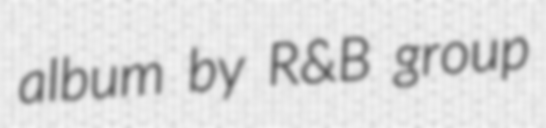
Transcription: album by R&B group